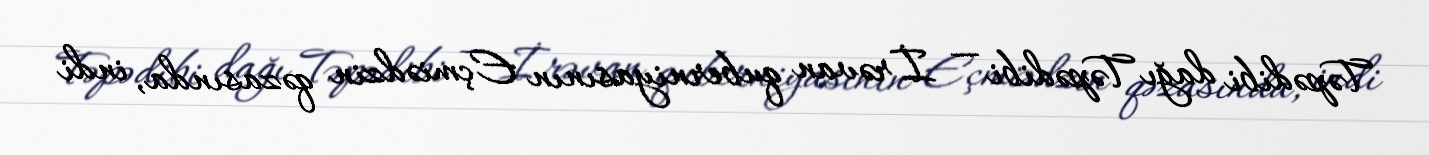
Təpədibi dağı Təpədibi — İrəvan quberniyasının Eçmiədzin qəzasında, indi